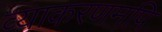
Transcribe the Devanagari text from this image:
व्याकरणमपि